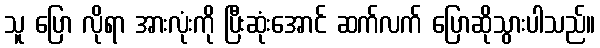
သူ ပြော လိုရာ အားလုံးကို ပြီးဆုံးအောင် ဆက်လက် ပြောဆိုသွားပါသည်။